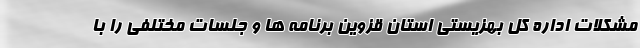
مشکلات اداره کل بهزیستی استان قزوین برنامه ها و جلسات مختلفی را با